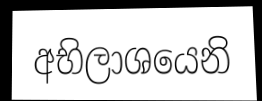
අභිලාශයෙනි